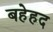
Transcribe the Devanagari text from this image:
बहेहद